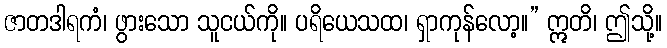
ဇာတဒါရကံ၊ ဖွားသော သူငယ်ကို။ ပရိယေသထ၊ ရှာကုန်လော့။” ဣတိ၊ ဤသို့။